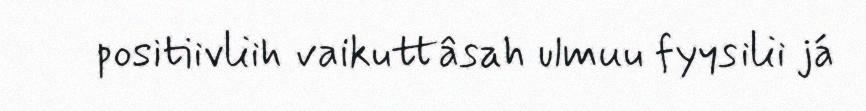
positiivliih vaikuttâsah ulmuu fyysilii já